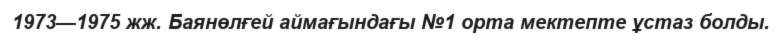
1973—1975 жж. Баянөлғей аймағындағы №1 орта мектепте ұстаз болды.